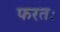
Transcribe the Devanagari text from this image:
फरतः